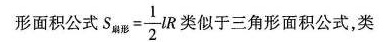
形面积公式 $$S _ { 扇 形 } = \frac { 1 } { 2 } l R$$类似于三角形面积公式，类